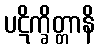
ပဋိက္ခိတ္တာနိ